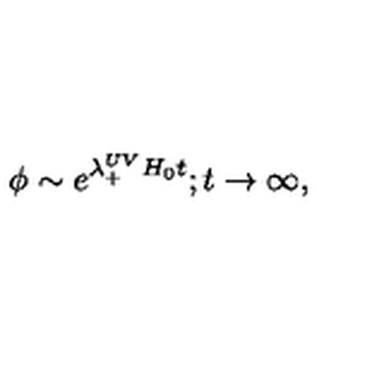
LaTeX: \phi \sim e ^ { \lambda _ { + } ^ { U V } H _ { 0 } t } ; t \to \infty ,